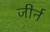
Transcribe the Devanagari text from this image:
जीर्न